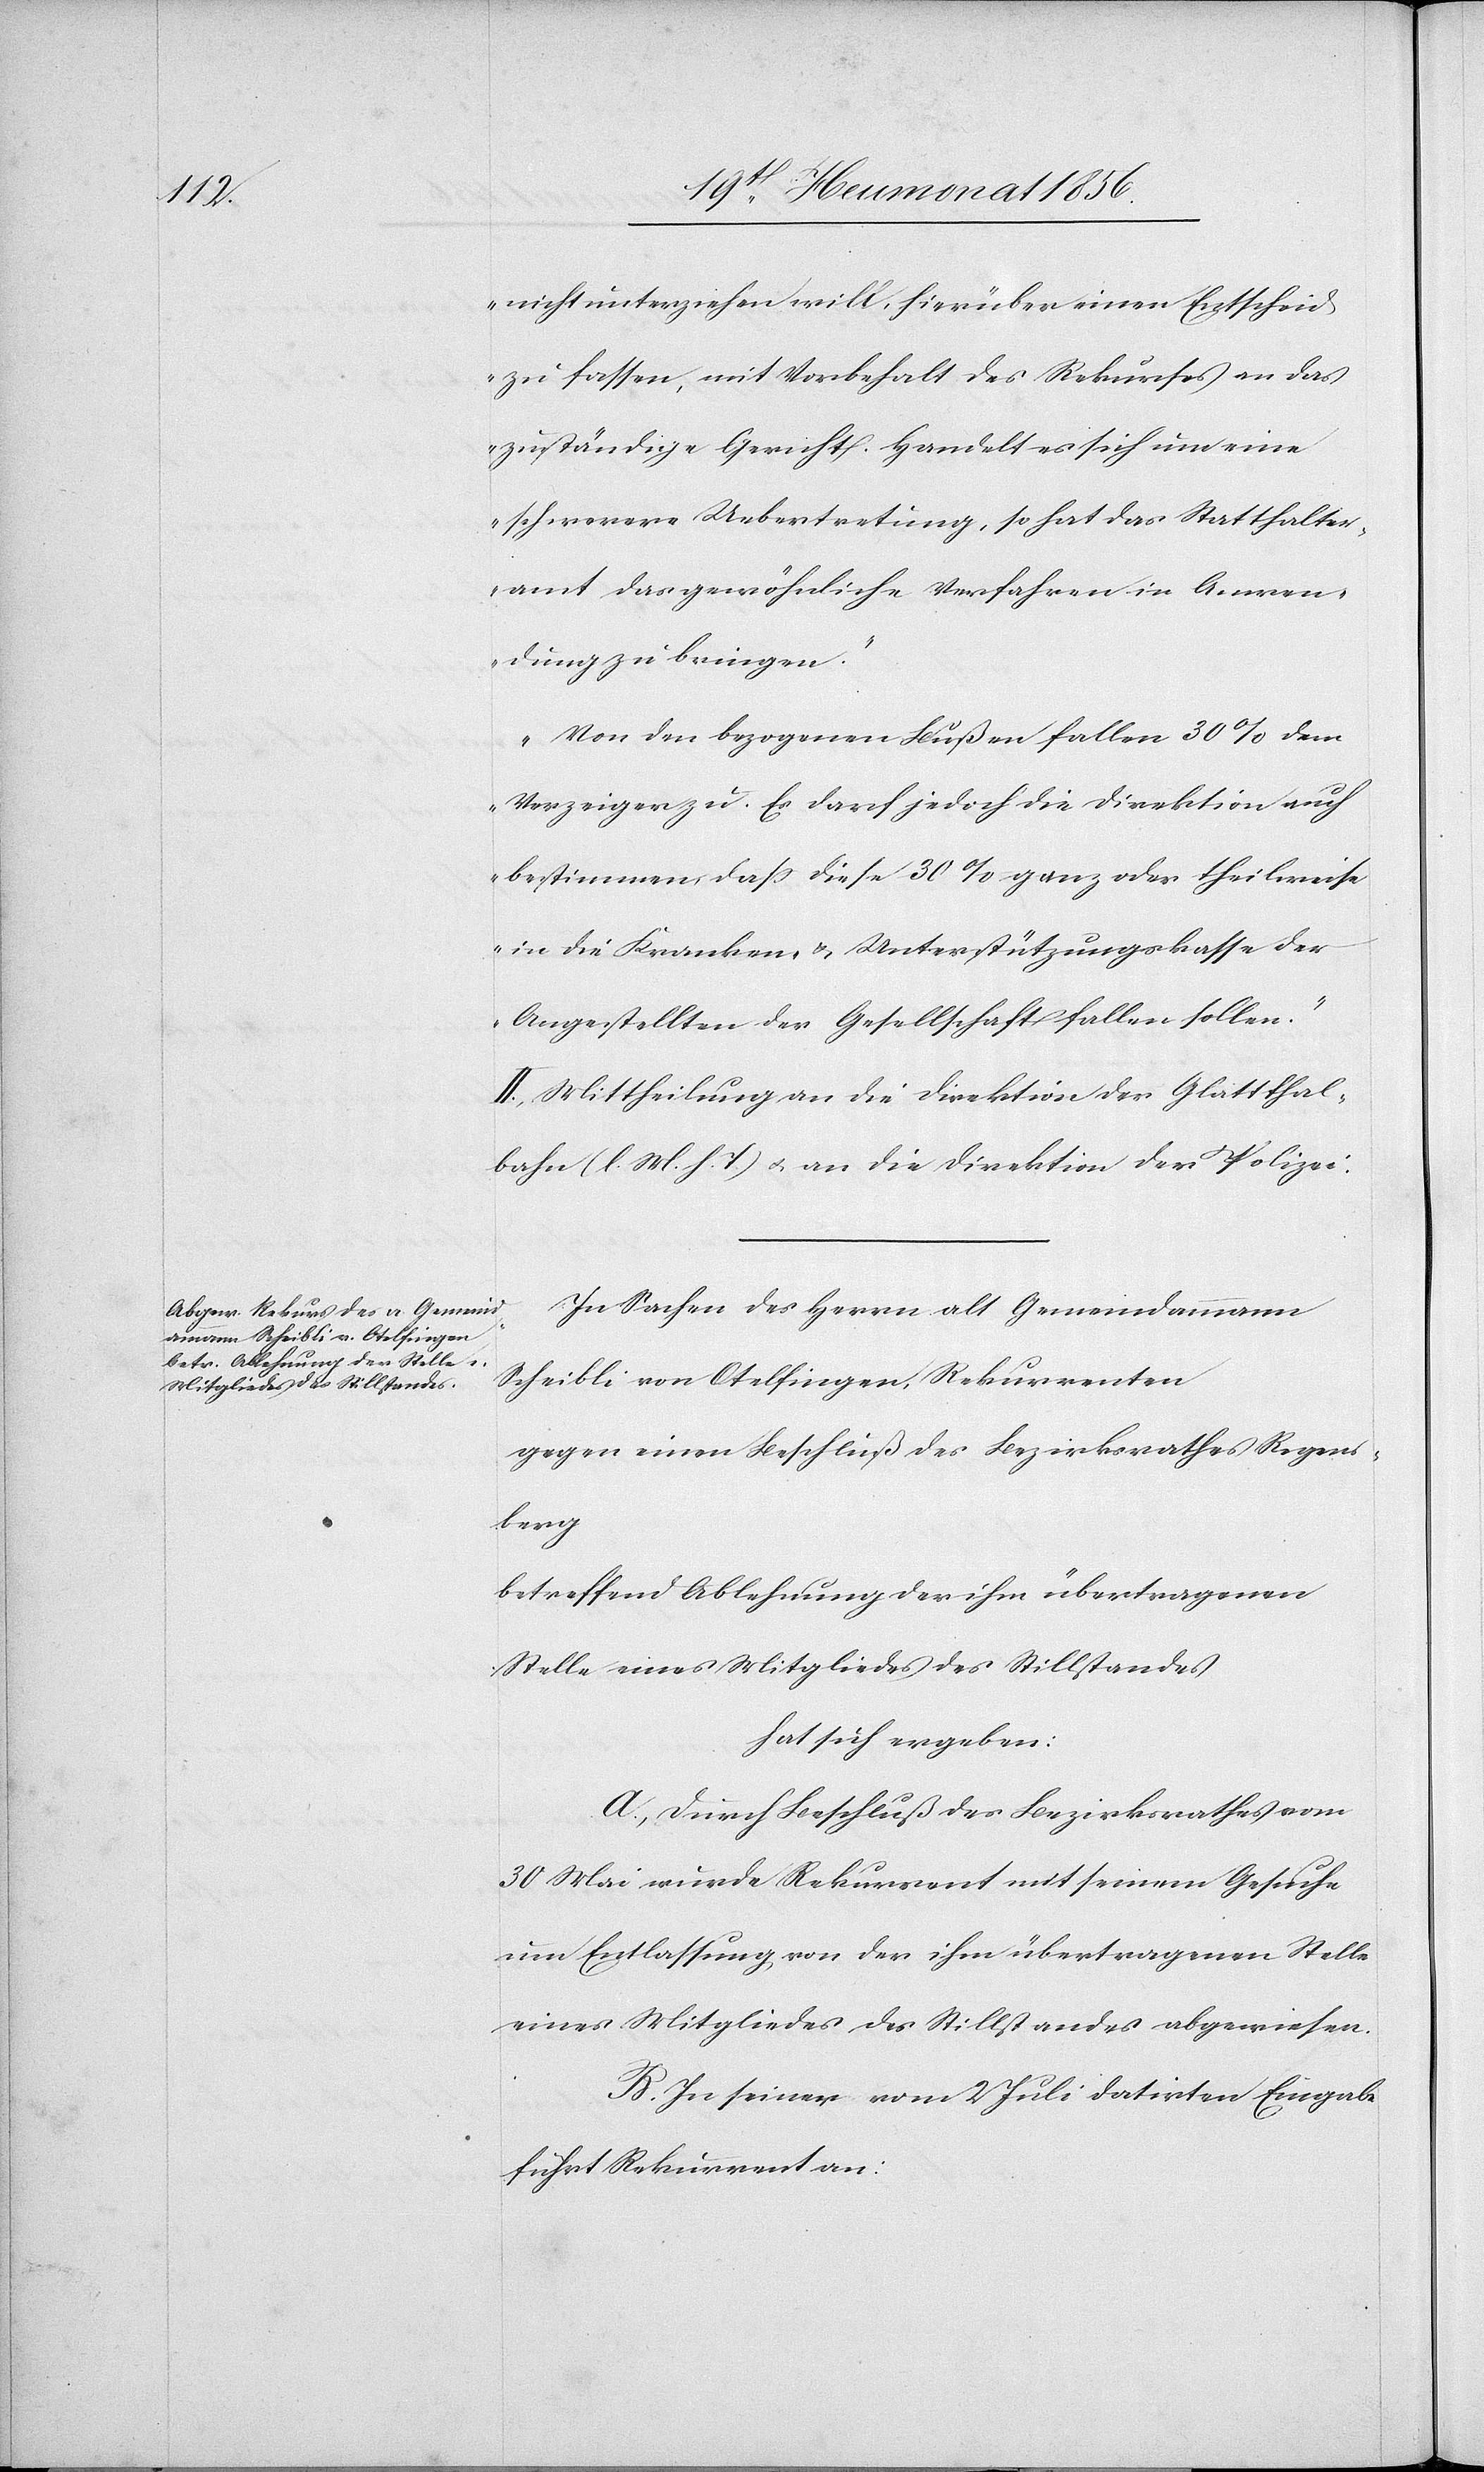
bahn

nicht unterziehen will, hierüber einen Entscheid
zu fassen, mit Vorbehalt des Rekurses an das
zuständige Gericht. Handelt es sich um eine
schwerere Uebertretung, so hat das Statthalter¬
amt das gewöhnliche Verfahren in Anwen¬
dung zu bringen."
„Von den bezogenen Bußen fallen 30% dem
Verzeiger zu. Es darf jedoch die Direktion auch
bestimmen, dass diese 30% ganz oder theilweise
in die Kranken- & Unterstützungskasse der
Angestellten der Gesellschaft fallen sollen."
II.) Mittheilung an die Direktion der Glattthal¬
(l. M. h. T) u. an die Direktion der Polizei.
In Sachen des Herrn alt Gemeindammann
Scheibli von Otelfingen, Rekurrenten
gegen einen Beschluß des Bezirksrathes Regens¬
berg
betreffend Ablehnung der ihm übertragenen
Stelle eines Mitgliedes des Stillstandes
hat sich ergeben:
A. Durch Beschluß des Bezirksrathes vom
30 Mai wurde Rekurrent mit seinem Gesuche
um Entlassung, von der ihm übertragenen Stelle
eines Mitgliedes des Stillstandes abgewiesen.
B. In seiner vom 2 Juli datirten Eingabe
führt Rekurrent an: